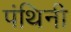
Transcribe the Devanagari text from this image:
पंथिनी